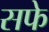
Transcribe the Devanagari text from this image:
सफे